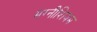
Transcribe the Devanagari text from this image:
मग्नीशियम